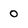
Character: 0